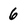
Character: 6